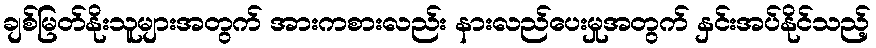
ချစ်မြတ်နိုးသူများအတွက် အားကစားလည်း နားလည်ပေးမှုအတွက် နှင်းအပ်နိုင်သည့်